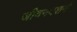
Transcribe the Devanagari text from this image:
जीवनदशर्न